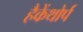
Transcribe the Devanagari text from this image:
हैकेंथोर्प